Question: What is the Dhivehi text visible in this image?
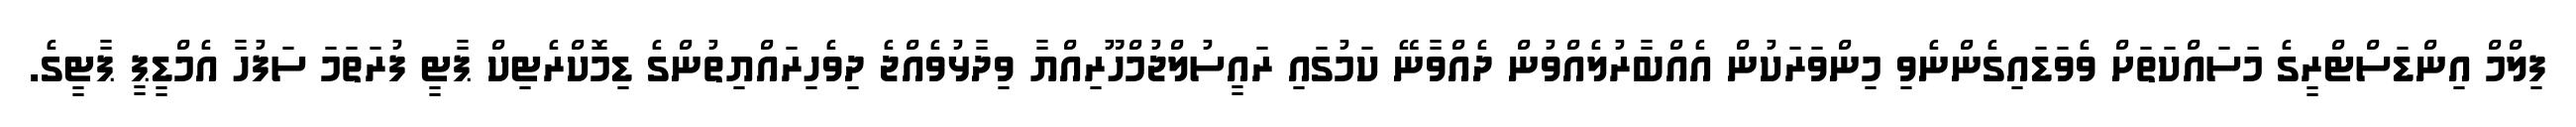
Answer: ފިލްމް އިންޑަސްޓްރީގެ މަސައްކަތަށް ވެވަޑައިގެންނެވި މިންވަރަކުން އެއްބާރުލެއްވުން ދެއްވާނޭ ކަމުގައި ރައީސުލްޖުމްހޫރިއްޔާ ވިދާޅުވެއްޖެ ދިވެހިރައްޔިތުންގެ ޑިމޮކްރެޓިކް ޕާޓީ ފުރަތަމަ ސަފުހާ އެމްޑީޕީ ޕާޓީގެ.